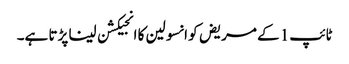
ٹائپ1 کے مریض کو انسولین کا انجیکشن لینا پڑتا ہے۔